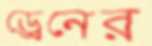
ড্রেনের